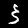
Digit: 3